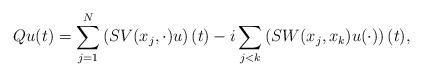
LaTeX: \begin{align*}Qu(t)=\sum_{j=1}^N\left(SV(x_j,\cdot)u\right)(t)-i\sum_{j<k}\left(SW(x_j,x_k)u(\cdot)\right)(t),\end{align*}